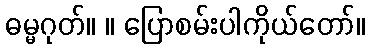
ဓမ္မဂုတ်။ ။ ပြောစမ်းပါကိုယ်တော်။